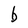
Character: b